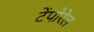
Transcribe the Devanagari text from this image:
टेंपोरेल